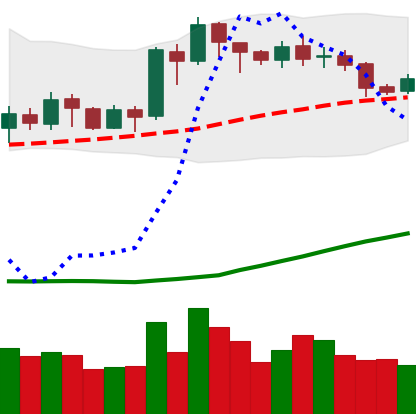
Ticker: ETH-USD
Chart end date: 2020-07-18
Forward return: 16.649%
Label: up_7plus